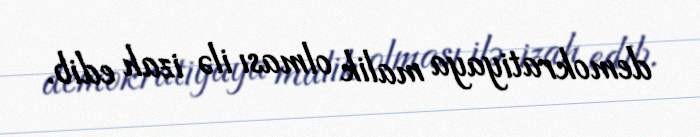
demokratiyaya malik olması ilə izah edib.